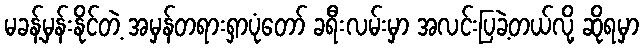
မခန့်မှန်းနိုင်တဲ့ အမှန်တရားရှာပုံတော် ခရီးလမ်းမှာ အလင်းပြခဲ့တယ်လို့ ဆိုရမှာ